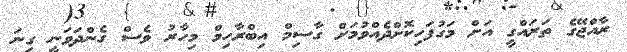
ރާއްޖޭގެ ތަރައްގީ އަށް މަގުފަހިކޮށްދެއްވުމަށް ގާސިމް އިބްރާހިމް މިހާރު ވެސް ގެންދަވަނީ ގިނަ